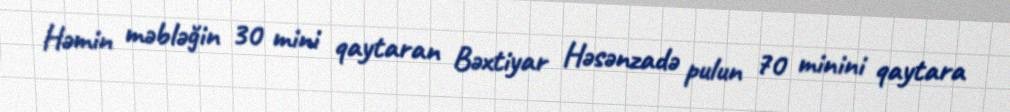
Həmin məbləğin 30 mini qaytaran Bəxtiyar Həsənzadə pulun 70 minini qaytara